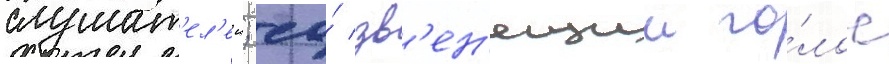
слушат'ел'еи; ео́ зв'ен'ящии го́лос